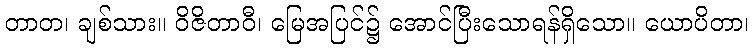
တာတ၊ ချစ်သား။ ဝိဇိတာဝီ၊ မြေအပြင်၌ အောင်ပြီးသောရန်ရှိသော။ ယောပိတာ၊